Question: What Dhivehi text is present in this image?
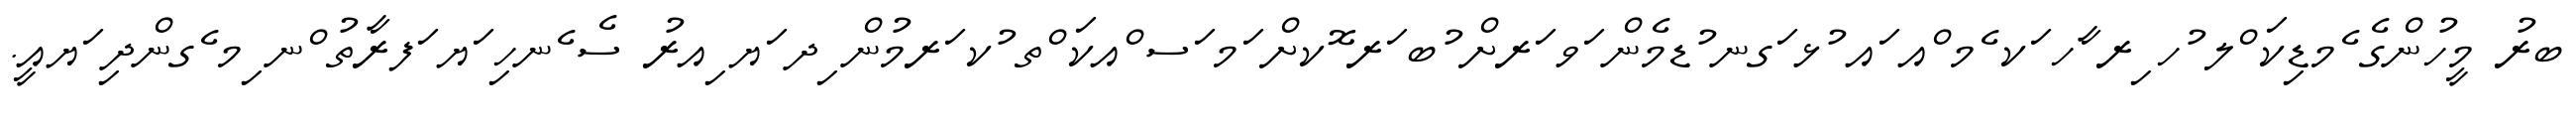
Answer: ބރު މީހުންގެ ެމޑިކަ ްލ ުހ ިރ ާހ ަކ ެމ ްއ ައ ުޅ ަގނ ުޑމެން ަވ ަރށް ުބ ަރ ޮކށް ަމ ަސ ްއކަ ްތ ުކ ަރމުން ިދ ަޔ ިއރު ސެ ެނހި ަޔ ަފރާތު ްނ ިމ ެގންދި ަޔއީ.